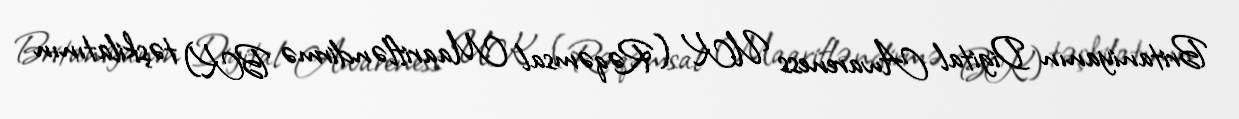
Britaniyanın Digital Awareness UK (Rəqəmsal Maarifləndirmə BK) təşkilatının